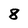
Character: 8